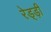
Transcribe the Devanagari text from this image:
रेड्ड़ी